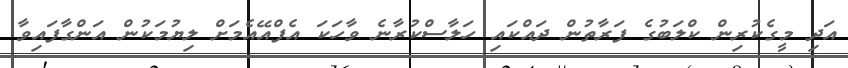
އަދި މީގެކުރިން ކްލަބުގެ ފަރާތުން ދައްކައި ހަލާސްކުރާނެ ވާހަކަ އެފްއޭއެމަށް ލިޔުމަކުން އަންގާފައިވާ